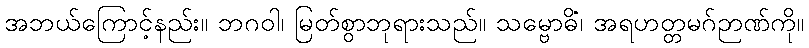
အဘယ်ကြောင့်နည်း။ ဘဂဝါ၊ မြတ်စွာဘုရားသည်။ သမ္ဗောဓိံ၊ အရဟတ္တမဂ်ဉာဏ်ကို။